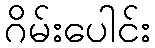
ဂိမ်းပေါင်း